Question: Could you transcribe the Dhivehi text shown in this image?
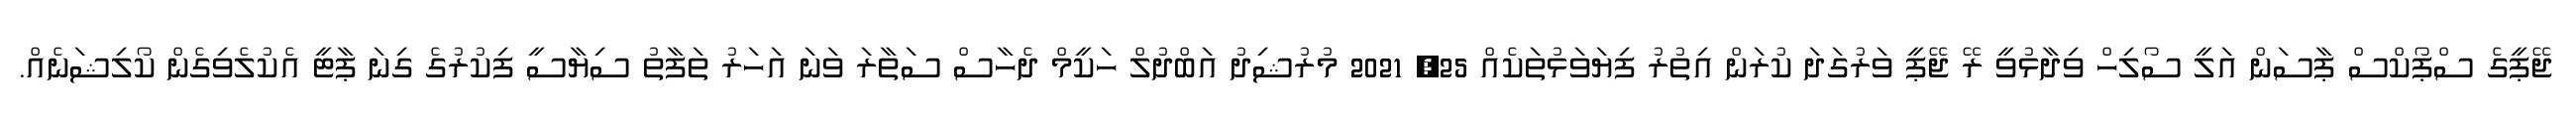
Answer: ޖޭޕީގެ ސްޕޯކްސް ޕާސަން އަލީ ސޯލިހް ވިދާޅުވީ ރޭ ޖޭޕީ ވަރުގަދަ ކުރަން އިތުރު ފިޔަވަޅުތަކެއް 25, 2021 މުރުޝިދު އަބްދުލް ހަކީމް ދެހާސް ސަތާރަ ވަނަ އަހަރު ތަފާތު ސިޔާސީ ފިކުރުގެ ގިނަ ޕާޓީ އެކުލެވިގެން ކޯލިޝަނެއް.